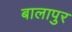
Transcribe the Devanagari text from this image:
बालापुर